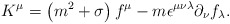
\begin{align*}K^\mu = \left(m^2+\sigma\right) f^\mu -m \epsilon^{\mu\nu\lambda}\partial_\nu f_\lambda .\end{align*}